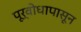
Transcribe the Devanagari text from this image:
पूर्वोधापासून